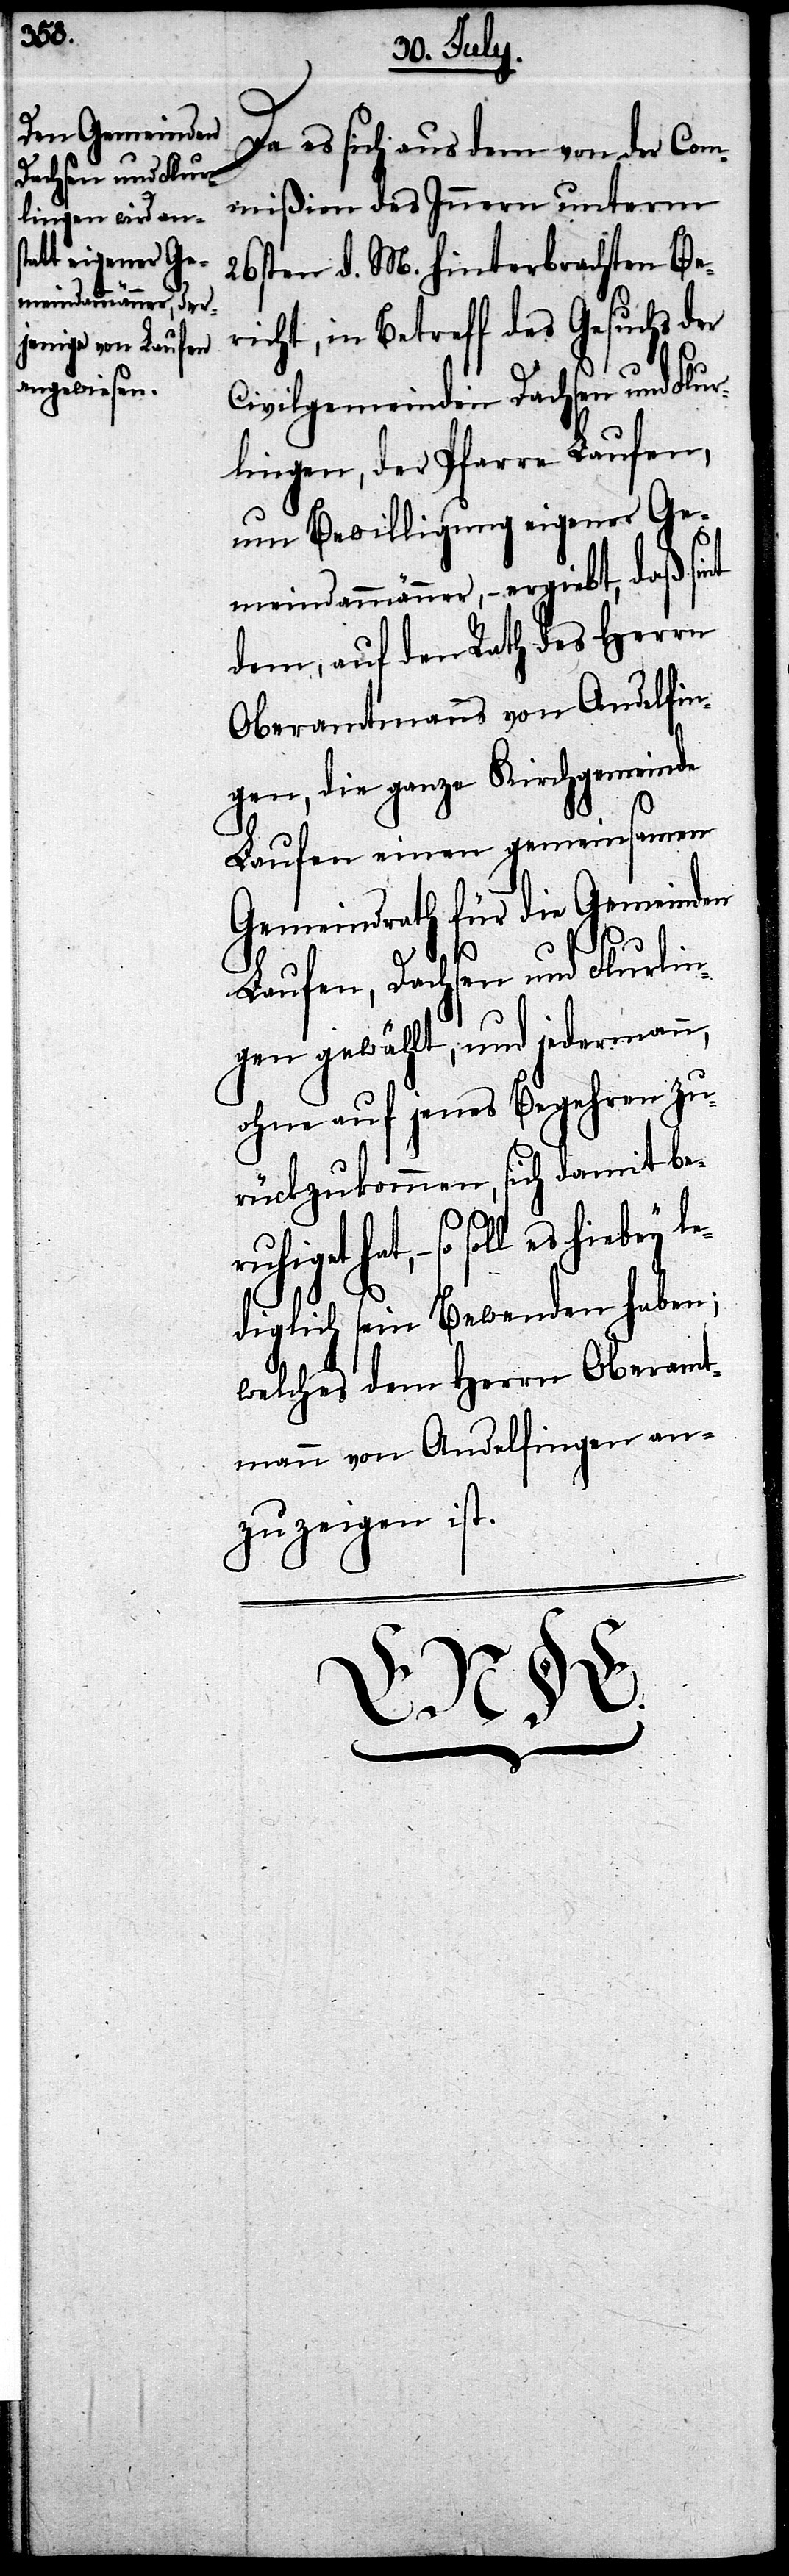
meindammänner, –

Da es sich aus dem von der Com¬
mißion des Innern unterm
26sten d. M. hinterbrachten Be¬
richt, in Betreff des Gesuchs der
Civilgemeinden Dachsen und Flur¬
lingen, der Pfarre Laufen,
um Bewilligung eigener Ge¬
dem, auf den Rath des Herrn
Oberamtmanns von Andelfin¬
gen, die ganze Kirchgemeinde
Laufen einen gemeinsamen
Gemeindrath für die Gemeinden
Laufen, Dachsen und Flurlin¬
gen gewählt, und jedermann,
ohne auf jenes Begehren zu¬
rückzukommen, sich damit ber¬
hiebey le¬
diglich sein Bewenden haben;
welches dem Herrn Oberamt¬
mann von Andelfingen an¬
zuzeigen ist.